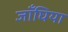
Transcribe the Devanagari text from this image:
जाँघिया